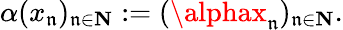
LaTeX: \alpha(x_{\mathfrak{n}})_{\mathfrak{n}\in\mathbf{{N}}}:=(\alphax_{\mathfrak{n}})_{\mathfrak{n}\in\mathbf{{N}}}.